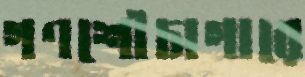
গণশৌচাগারে